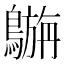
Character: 𪄟